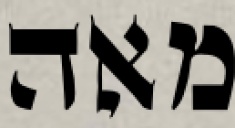
מאה